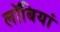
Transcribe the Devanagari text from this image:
लॉबियां